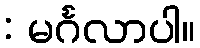
: မင်္ဂလာပါ။